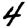
Digit: 4